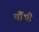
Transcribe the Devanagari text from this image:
चौंथी